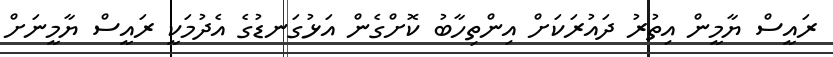
ރައީސް ޔާމީން އިތުރު ދައުރަކަށް އިންތިހާބު ކޮށްގެން އަޅުގަނޑުގެ އެދުމަކީ ރައީސް ޔާމީނަށް